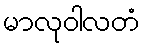
မာလုဝါလတံ